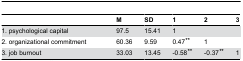
<table><thead><tr><td></td><td><b>M</b></td><td><b>SD</b></td><td><b>1</b></td><td><b>2</b></td><td><b>3</b></td></tr></thead><tbody><tr><td>1. psychological capital</td><td>97.5</td><td>15.41</td><td>1</td><td></td><td></td></tr><tr><td>2. organizational commitment</td><td>60.36</td><td>9.59</td><td>0.47<b><sup><i>**</i></sup></b></td><td>1</td><td></td></tr><tr><td>3. job burnout</td><td>33.03</td><td>13.45</td><td>-0.58<b><sup><i>**</i></sup></b></td><td>-0.37<b><sup><i>**</i></sup></b></td><td>1</td></tr></tbody></table>